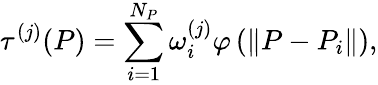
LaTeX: \tau^{(j)}(P)=\sum_{i=1}^{N_{P}}\omega_{i}^{(j)}\varphi\left(\left\| P-P_{i}\right\| \right),